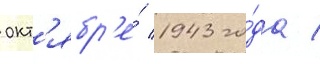
окт'ябр'е́ 1943 го́да /